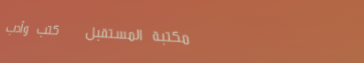
مكتبة المستقبل   كتب وأدب